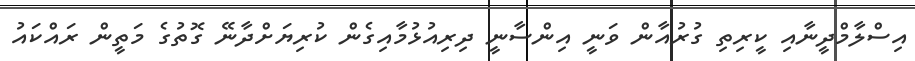
އިސްލާމްދީނާއި ކީރިތި ގުރުއާން ވަނީ އިންސާނީ ދިރިއުޅުމާއިގެން ކުރިޔަށްދާނޭ ގޮތުގެ މަތީން ރައްކައު